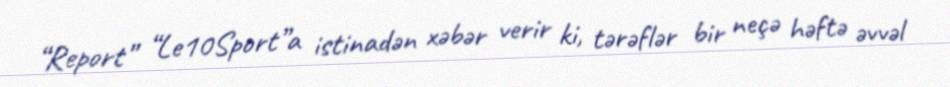
“Report” “Le10Sport”a istinadən xəbər verir ki, tərəflər bir neçə həftə əvvəl